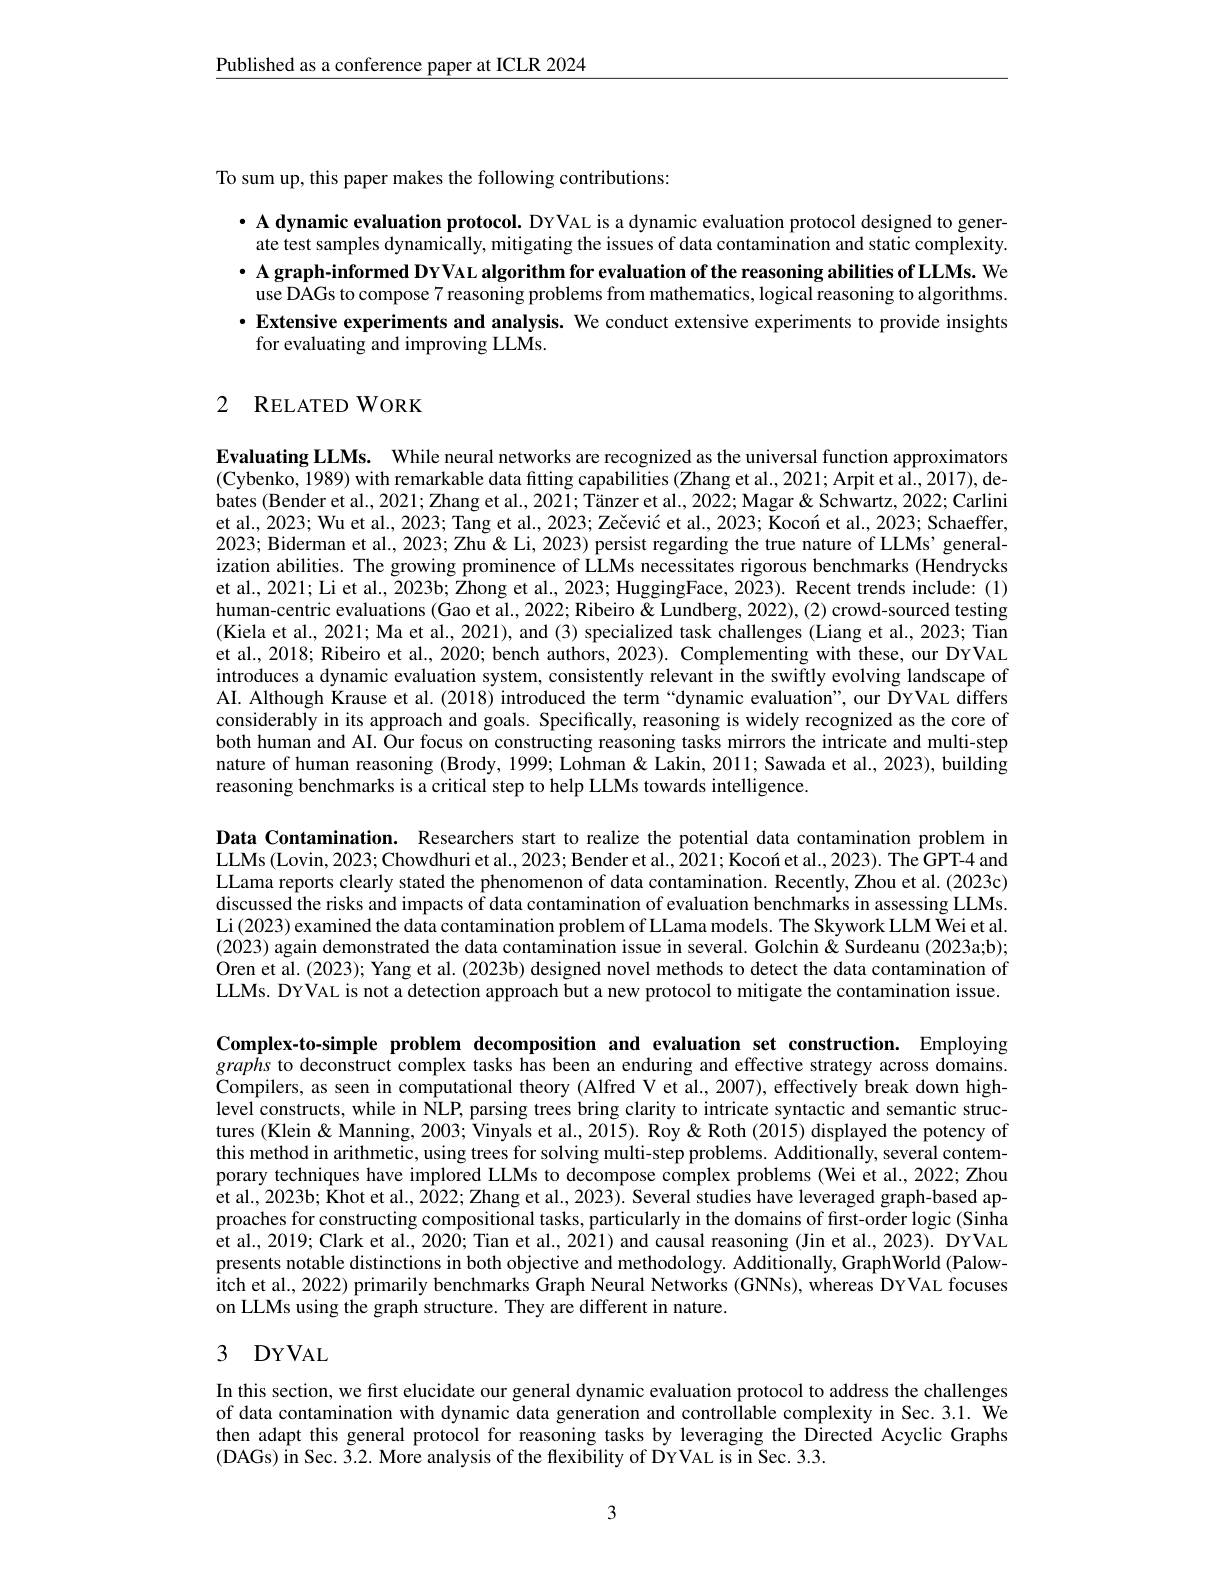
$\underline{\text{Published as a conference paper at ICLR 2024}}$

To sum up, this paper makes the following contributions:

· A dynamic evaluation protocol. DYVAL is a dynamic evaluation protocol designed to generate test samples dynamically, mitigating the issues of data contamination and static complexity. $\cdot$ A graph-informed DYVAL algorithm for evaluation of the reasoning abilities of LLMs. We use DAGs to compose 7 reasoning problems from mathematics, logical reasoning to algorithms.
$\cdot$ Extensive experiments and analysis. We conduct extensive experiments to provide insights
for evaluating and improving LLMs.

# 2 RELATED WORK

Evaluating LLMs. While neural networks are recognized as the universal function approximators (Cybenko, 1989) with remarkable data fıtting capabilities (Zhang et al., 2021; Arpit et âl., 2017), debates (Bender et al., 2021; Zhang et al., 2021; Tänzer et al., 2022; Magar & Schwartz, 2022; Carlini et al., 2023; Wu et al., 2023; Tang et al., 2023; Zečević et al., 2023; Kocon et al., 2023; Schaeffer, 2023; Biderman et al., 2023; Zhu' Zhu' & Li, 2023) persist regarding the true nature of LLMs' generalization abilities. The growing prominence of LLMs necessitates rigorous benchmarks (Hendrycks et al., 2021; Li et al., 2023b; Zhong et al., 2023; HuggingFace, 2023). Recent trends include: (1) human-centric evaluations (Gao et al., 2022; Ribeiro & Lundberg, 2022), (2) crowd-sourced testing (Kiela et al., 2021; Ma et al., 2021), and (3) specialized task challenges (Liang et al., 2023; Tian et al., 2018; Ribeiro et al., 2020; bench authors, 2023). Complementing with these, our DYVAL introduces a dynamic evaluation system, consistently relevant in the swiffly evolving landscape of AI. Although Krause et al. (2018) introduced the term“dynamic evaluation”, our DYVAL differs considerably in its approach and goals. Specifically, reasoning is widely recognized as the core of both human and AI. Our focus on constructing reasoning tasks mirrors the intricate and multi-step nature of human reasoning (Brody, 1999; Lohman & Lakin, 2011; Sawada et al., 2023), building reasoning benchmarks is a critical step to help LLMs towards intelligence.

Data Contamination. Researchers start to realize the potential data contamination problem in LLMs (Lovin, 2023; Chowdhuri et al., 2023; Bender et al., 2021; Kocon et al., 2023). The GPT-4 and LLama reports clearly stated the phenomenon of data contamination. Recently, Zhou et al. (2023c) discussed the risks and impacts of data contamination of evaluation benchmarks in assessing LLMs Li(2023) examined the data contamination problem of LLama models. The Skywork LLM Wei et al. (2023) again demonstrated the data contamination issue in several. Golchin& Surdeanu (2023a;b); Oren et al. (2023); Yang et al. (2023b) designed novel methods to detect the data contamination of LLMs. DYVAL is not a detection approach but a new protocol to mitigate the contamination issue.

Complex-to-simple problem decomposition and evaluation set construction. Employing $grap\dot{h}s$ to deconstruct complex tasks has been an enduring and effective strategy across domains Compilers, as seen in computational theory (Alfred V et al., 2007), effectively break down highlevel constructs, while in NLP, parsing trees bring clarity to intricate syntactic and semantic structures (Klein & Manning, 2003; Vinyals et al., 2015). Roy & Roth (2015) displayed the potency of this method in arithmetic, using trees for solving multi-step problems. Additionally, several contemporary techniques have implored LLMs to decompose complex problems (Wei et al., 2022; Zhou et al., 2023b; Khot et al., 2022; Zhang et al., 2023). Several studies have leveraged graph-based approaches for constructing compositional tasks, particularly in the domains of first-order logic (Sinha $\hat{\text{et al., 2019; Clark et al., 2020; Tian et al., 2021) and causal reasoning (Jin et al., 2023). DYVAL}}$ presents notable distinctions in both objective and methodology. Additionally, GraphWorld (Palowitch et al., 2022) primarily benchmarks Graph Neural Networks (GNNs), whereas DYVAL focuses on LLMs using the graph structure. They are different in nature.

# 3 DYVAL

In this section, we first elucidate our general dynamic evaluation protocol to address the challenges of data contamination with dynamic data generation and controllable complexity in Sec. 3.1. We then adapt this general protocol for reasoning tasks by leveraging the Directed Acyclic Graphs (DAGs) in Sec. 3.2. More analysis of the flexibility of DYVAL is in Sec. 3.3.

3